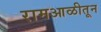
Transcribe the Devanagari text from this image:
रामआळीतून